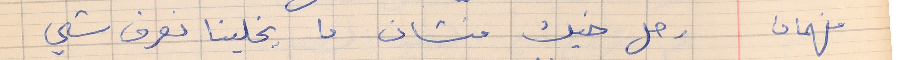
فهمان     رحل خيك منشان ما يخلينا نعرف شي